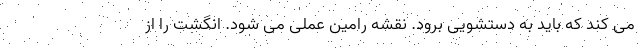
می کند که باید به دستشویی برود. نقشه رامین عملی می شود. انگشت را از